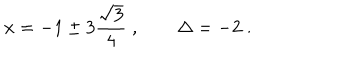
LaTeX: x = - 1 \pm 3 \frac { \sqrt { 3 } } { 4 } \; , \qquad \Delta = - 2 \; .